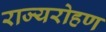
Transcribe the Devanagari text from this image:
राज्यरोहण